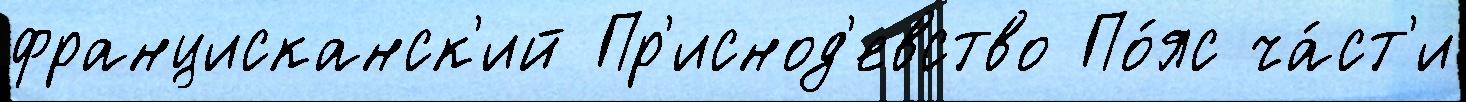
францисканск'ий Пр'иснод'евство По́яс ча́ст'и